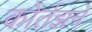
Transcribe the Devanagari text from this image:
कोर्तझने